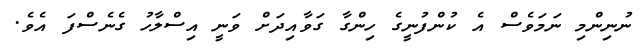
ނުނިންމި ނަމަވެސް އެ ކުންފުނީގެ ހިންގާ ގަވާއިދަށް ވަނީ އިސްލާހު ގެނެސްފަ އެވެ.